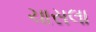
ચાસલા